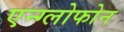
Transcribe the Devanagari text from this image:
एन्ग्लोफोन